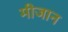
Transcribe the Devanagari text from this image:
मीजान